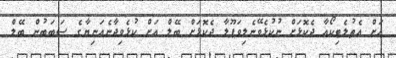
އަށް އެތުލެޓިކޯއާ ދެކޮޅަށް ނުކުޅެވޭނެލިވަޕޫލާ ދެކޮޅަށް ބޭލް އަށް ކުޅެވިދާނެއަނިޔާގެ ސަބަބުން ބޭލް